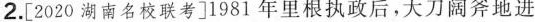
2.[2020湖南名校联考]1981年里根执政后，大刀阔斧地